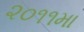
૨૦૧૧મા